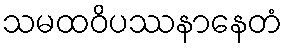
သမထဝိပဿနာနေတံ